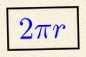
2\pi r